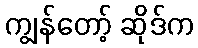
ကျွန်တော့် ဆိုဒ်က